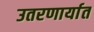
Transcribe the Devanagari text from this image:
उतरणार्यात